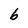
Character: b